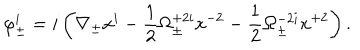
\varphi _ { \pm } ^ { i } = i \left( \nabla _ { \pm } x ^ { i } - \frac 1 2 \Omega _ { \pm } ^ { + 2 i } x ^ { - 2 } - \frac 1 2 \Omega _ { \pm } ^ { - 2 i } x ^ { + 2 } \right) .